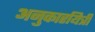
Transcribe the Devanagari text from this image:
अनुकारयित्री